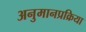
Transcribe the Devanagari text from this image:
अनुमानप्रक्रिया